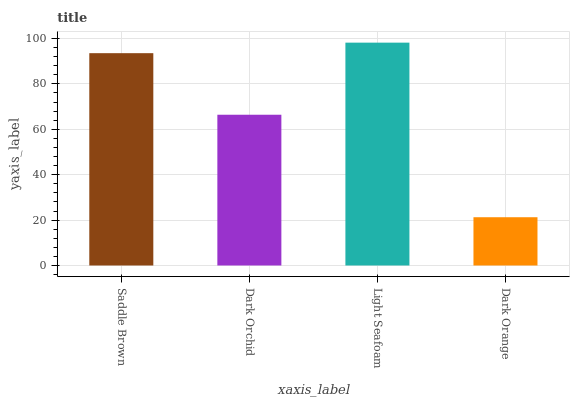
| xaxis_label | bars |
 | --- | --- |
 | Saddle Brown | 93.5 |
 | Dark Orchid | 66.4 |
 | Light Seafoam | 98.2 |
 | Dark Orange | 21.3 |